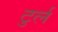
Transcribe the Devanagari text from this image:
टुर्ल